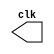
// ---------------------
// Guia 0901 -Implementar um gerador de pulsos com frequncia igual 
//      metade da frequncia (dobro do perodo) do "clock".
//
//
// Nome: Luiz Felipe Fonseca
// ---------------------


// --------------------- 
// modules
// ---------------------

module clock (clk); 
output clk; 
reg clk;
 
initial 
begin 
clk = 1'b0; 
end 

always 
begin 
#6 clk = ~clk; 
end 

endmodule 

module pulse (signal, clock); 
input clock; 
output signal; 
reg signal; 

always @ (clock) 
begin 
signal =  1'b0; 
#12 signal = 1'b1; 
#12 signal = 1'b0; 
end 

endmodule 


// --------------------- 
// Exercicio0901
// ---------------------
 
module Exercicio0901; 
wire clk; 
clock clk1 (clk); 
wire p1; 
pulse pulse1 (p1, clk);  
 

initial begin 
$display("Exercicio 0901");
$display("Luiz Felipe Fonseca - 405817");
$dumpfile ( "Exercicio01.vcd" ); 
$dumpvars ( 1, clk, p1 ); 
#100 $finish; 
end 

endmodule